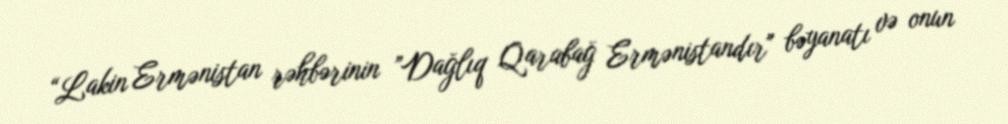
“Lakin Ermənistan rəhbərinin ”Dağlıq Qarabağ Ermənistandır" bəyanatı və onun